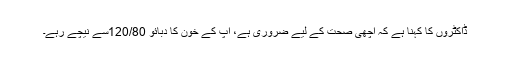
ڈاکٹروں کا کہنا ہے کہ اچھی صحت کے لیے ضروری ہے، آپ کے خون کا دبائو 120/80سے نیچے رہے۔